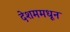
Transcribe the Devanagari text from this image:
देशममधून